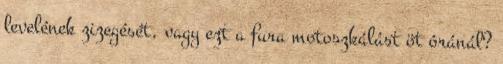
levelének zizegését, vagy ezt a fura motoszkálást öt óránál?